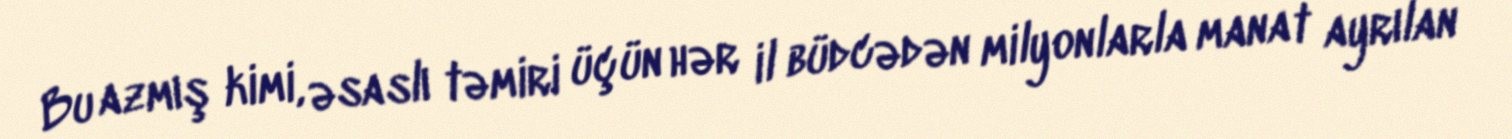
Bu azmış kimi, əsaslı təmiri üçün hər il büdcədən milyonlarla manat ayrılan